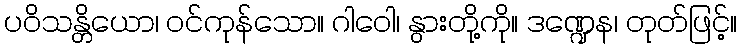
ပဝိသန္တိယော၊ ဝင်ကုန်သော။ ဂါဝေါ၊ နွားတို့ကို။ ဒဏ္ဍေန၊ တုတ်ဖြင့်။